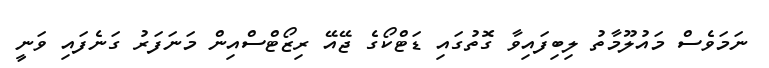
ނަމަވެސް މައުލޫމާތު ލިބިފައިވާ ގޮތުގައި ޑަޓްކޯގެ ޖޭއޭ ރިޒޯޓްސްއިން މަނަފަރު ގަނެފައި ވަނީ